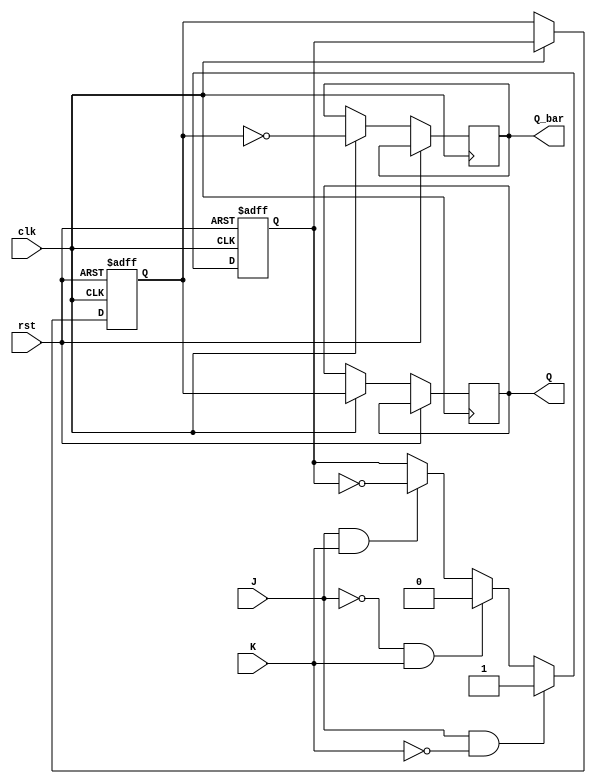
module jk_flip_flop (
    input J,
    input K,
    input clk,
    input rst,
    output reg Q,
    output reg Q_bar
);

reg master_Q;
reg slave_Q;

always @(posedge clk or posedge rst) begin
    if (rst) begin
        master_Q <= 1'b0;
        slave_Q <= 1'b0;
    end else begin
        if (J & ~K) begin
            master_Q <= 1'b1;
        end else if (~J & K) begin
            master_Q <= 1'b0;
        end else if (J & K) begin
            master_Q <= ~master_Q;
        end
        if (clk) begin
            slave_Q <= master_Q;
            Q <= slave_Q;
            Q_bar <= ~slave_Q;
        end
    end
end

endmodule